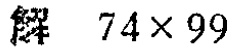
解 \(74\times99\)